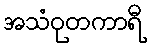
အသံဝုတကာရီ